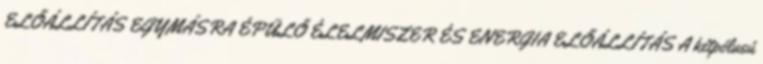
ELŐÁLLÍTÁS EGYMÁSRA ÉPÜLŐ ÉLELMISZER ÉS ENERGIA ELŐÁLLÍTÁS A kétpólusú